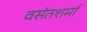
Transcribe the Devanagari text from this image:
वसंतशर्मा